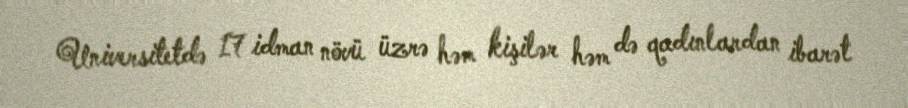
Universitetdə 17 idman növü üzrə həm kişilər həm də qadınlardan ibarət